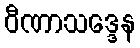
ဝီဏာသဒ္ဒေန